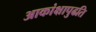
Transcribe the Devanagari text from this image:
आकांक्षापुढति